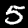
Label: 5